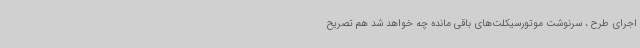
اجرای طرح ، سرنوشت موتورسیکلت‌های باقی مانده چه خواهد شد هم تصریح